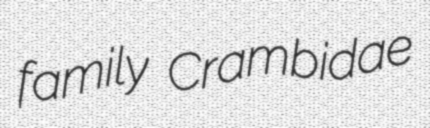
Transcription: family Crambidae